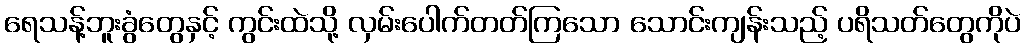
ရေသန့်ဘူးခွံတွေနှင့် ကွင်းထဲသို့ လှမ်းပေါက်တတ်ကြသော သောင်းကျန်းသည့် ပရိသတ်တွေကိုပဲ